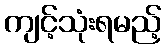
ကျင့်သုံးရမည့်